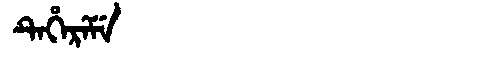
Manchu: ᡨᡝᡥᡝᡵᡝᠮᡝ
Romanization: TEHEREME